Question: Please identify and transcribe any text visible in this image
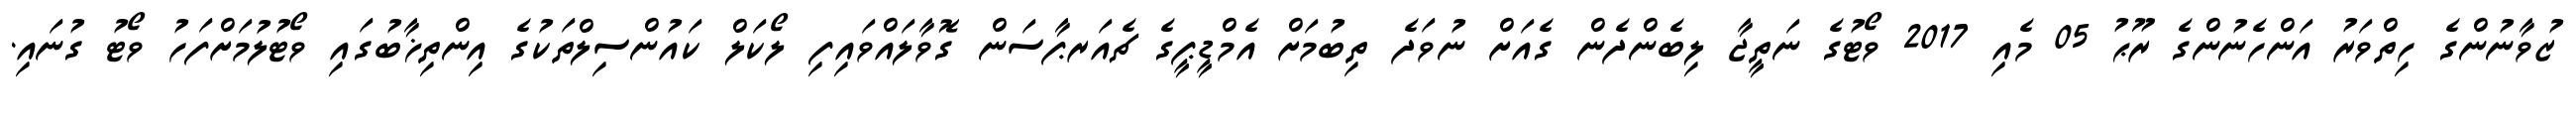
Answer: ޒުވާނުންގެ ހިތްވަރު އަންހެނުންގެ ރޫޙު 05 މެއި 2017 ވޯޓުގެ ނަތީޖާ ލިބެންދެން ގެއަށް ނުވަދެ ތިބުމަށް އެމްޑީޕީގެ ޗެއަރޕާސަން ގޮވާލައްވައިފި ލޯކަލް ކައުންސިލްތަކުގެ އިންތިޚާބުގައި ވޯޓުލުމަށްފަހު ވޯޓު ގުނައި.